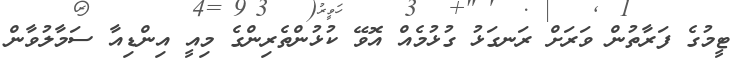
ޓީމުގެ ފަރާތުން ވަރަށް ރަނގަޅު ގުޅުމެއް އޮވޭ ކުޅުންތެރިންގެ މިއީ އިންޑިއާ ސަމާލުވާން